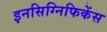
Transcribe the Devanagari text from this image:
इनसिग्निफिकेंस